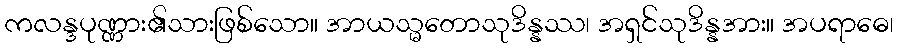
ကလန္ဒပုဏ္ဏား၏သားဖြစ်သော။ အာယသ္မတောသုဒိန္နဿ၊ အရှင်သုဒိန္နအား။ အပရာဓေ၊